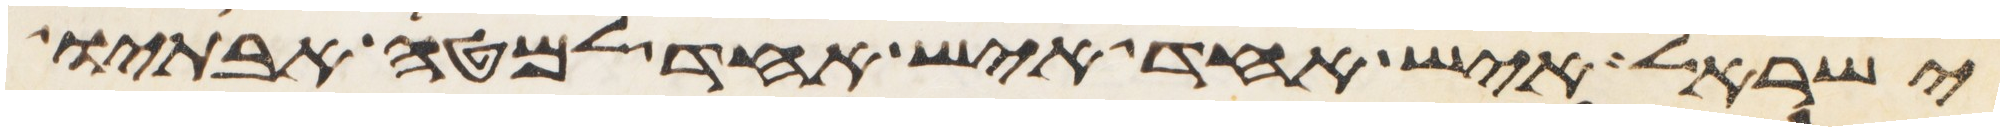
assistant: ישראל איש אחד איש אחד למטה אבתיו